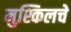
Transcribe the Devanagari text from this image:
मुश्किलचे